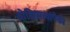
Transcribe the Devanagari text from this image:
बोधिसत्त्वांपैकी